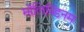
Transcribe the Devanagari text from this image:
मॉलिब्डिनम